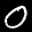
Label: 0